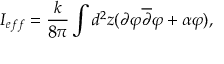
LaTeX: I _ { e f f } = \frac { k } { 8 \pi } \int d ^ { 2 } z ( \partial \varphi \overline { { { \partial } } } \varphi + \alpha \varphi ) ,